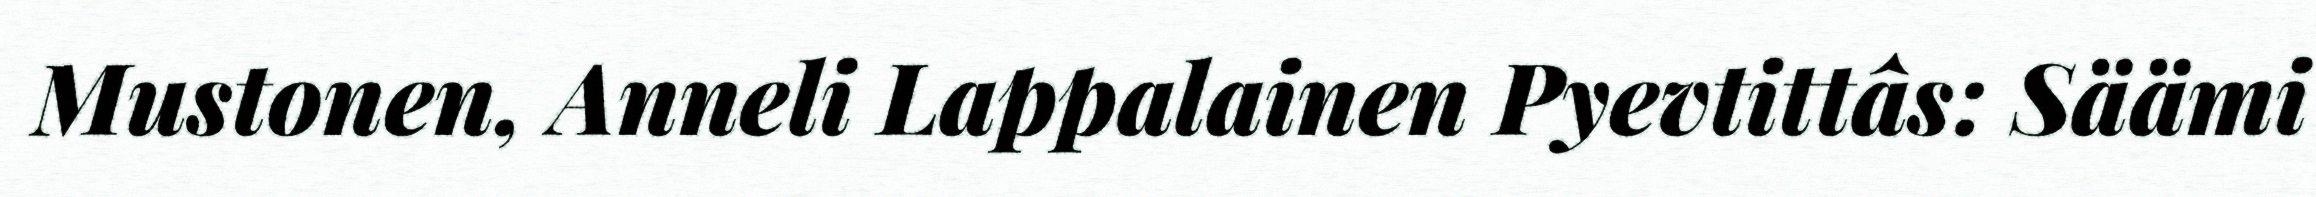
Mustonen, Anneli Lappalainen Pyevtittâs: Säämi